Leaving Certificate Examination, 1921
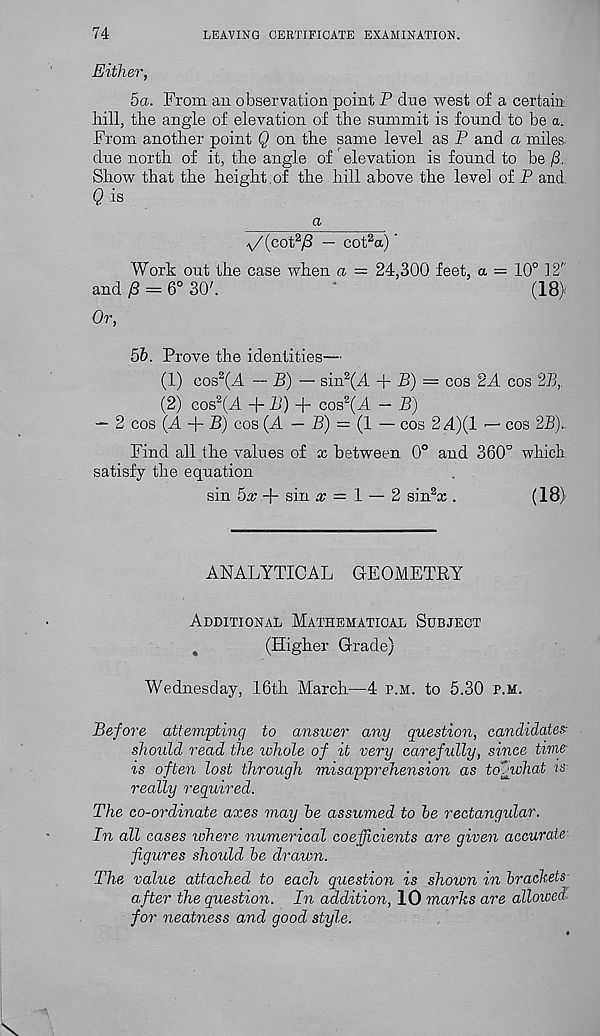
74
LEAVING CERTIFICATE EXAMINATION.
Either,
5a. From an observation point P due west of a certain
hill, tire angde of elevation of the summit is found to be a.
From another point Q on the same level as P and a miles
due north of it, the angle of elevation is found to be /3,
Show that the height of the hill above the level of P and.
Q is
a
V^cot 2 /? — cot 2 a) ’
Work out the case when a — 24,300 feet, a — 10° 12''
and y8 = 6° 30'.
*
(18)
Or,
5b. Prove the identities—
(1) cos 2 (.4 — B) — sin 2 (A -f B) = cos 2A cos 2B,
(2) cos 2 (j4 + B) + cos 2 (j4 - B)
— 2 cos {A + B) cos (A — B) = (1 — cos 2 4)(1 — cos 2B)..
Find all the values of x "between 0° and 360° which
satisfy the equation
sin 5% + sin x = 1 — 2 sin 2 x .
(18)
ANALYTICAL GEOMETRY
Additional Mathematical Subject
4
(Higher Grade)
Wednesday, 16th March—4 p.m. to 5.30 p.m.
Before attempting to answer any question, candidates:
should read the whole of it very carefully, since time
is often lost through misapprehension as toowhat m
really required.
The co-ordinate axes may be assumed to be rectangular.
In all cases ivhere numerical coefficients are given accurate
figures should be draivn.
The value attached to each question is shown in brackets
after the question. In addition, 10 marks are allowed
for neatness and good style.